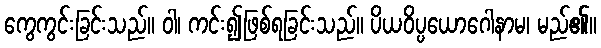
ကွေကွင်းခြင်းသည်။ ဝါ၊ ကင်း၍ဖြစ်ရခြင်းသည်။ ပိယဝိပ္ပယောဂေါနာမ၊ မည်၏။